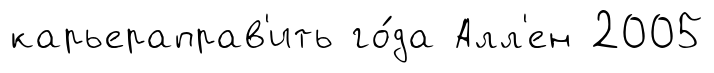
карьераправ'ить го́да Алл'ен 2005